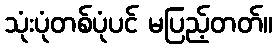
သုံးပုံတစ်ပုံပင် မပြည့်တတ်။